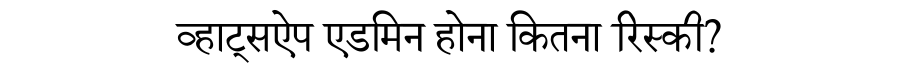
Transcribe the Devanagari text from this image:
व्हाट्सऐप एडमिन होना कितना रिस्की?